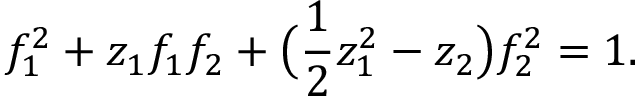
f _ { 1 } ^ { 2 } + z _ { 1 } f _ { 1 } f _ { 2 } + \big ( { \frac { 1 } { 2 } } z _ { 1 } ^ { 2 } - z _ { 2 } \big ) f _ { 2 } ^ { 2 } = 1 .